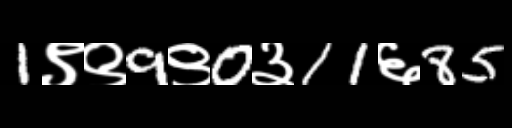
Text: 1९९9९0३11६85